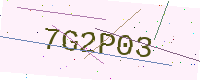
Text: 7G2P03